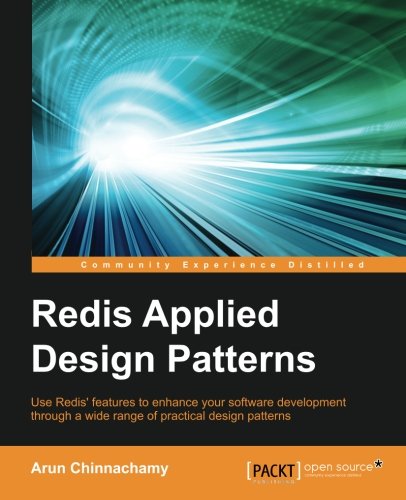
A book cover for Redis Applied Design Patterns; Arun Chinnachamy; Computers & Technology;